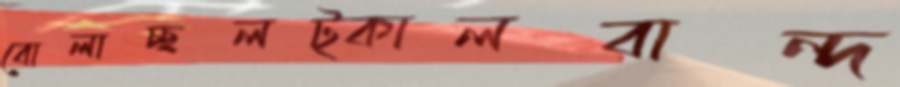
বোলাচ্ছলট্‌কালবান্দ